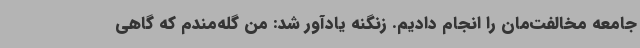
جامعه مخالفت‌مان را انجام دادیم. زنگنه یادآور شد: من گله‌مندم که گاهی